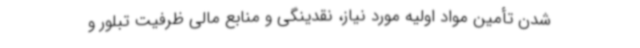
شدن تأمین مواد اولیه مورد نیاز، نقدینگی و منابع مالی ظرفیت تبلور و